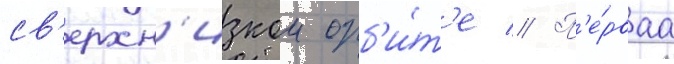
св'ерхн'изкои орб'и́т'е // П'е́рваа